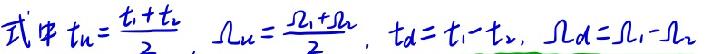
 其中$ t_{u}=\frac{t_{1}+t_{2}}{2}, \ \Omega_{u}=\frac{\Omega_{1}+\Omega_{2}}{2}, \ t_{d}=t_{1}-t_{2}, \ \Omega_{d}=\Omega_{1}-\Omega_{2} $